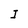
Character: I